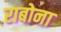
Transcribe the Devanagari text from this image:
राबोना